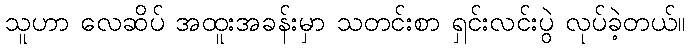
သူဟာ လေဆိပ် အထူးအခန်းမှာ သတင်းစာ ရှင်းလင်းပွဲ လုပ်ခဲ့တယ်။